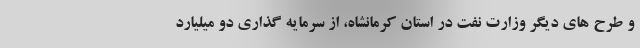
و طرح های دیگر وزارت نفت در استان کرمانشاه، از سرمایه گذاری دو میلیارد